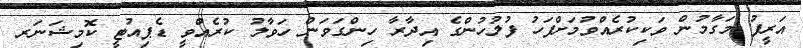
އަރީފު މަގާމުން ވަކިކުރެއްވުމަށްފަހު ފުލުހުންގެ އިދާރާ ހިންގަވަން ހަވާލު ކުރެއްވީ ޑެޕިއުޓީ ކޮމިޝަނަރ